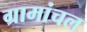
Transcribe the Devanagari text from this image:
ग्रामांचल